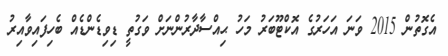
އެގޮތުން 2015 ވަނަ އަހަރުގެ އޮކްޓޫބަރު މަހު ޙިއްސާދާރުންނަށް ވަގުތީ ޑިވިޑެންޑެއް ބެހިފައިވާއިރު